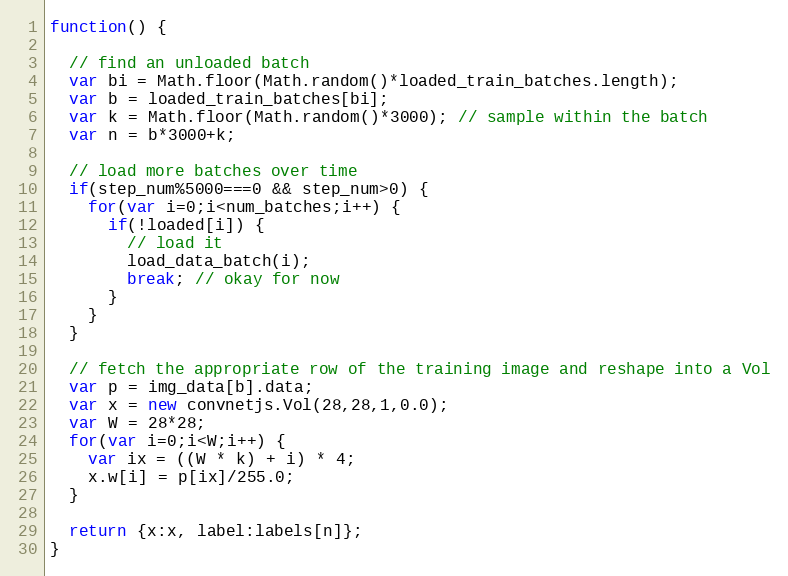
Language: JavaScript
function() {

  // find an unloaded batch
  var bi = Math.floor(Math.random()*loaded_train_batches.length);
  var b = loaded_train_batches[bi];
  var k = Math.floor(Math.random()*3000); // sample within the batch
  var n = b*3000+k;

  // load more batches over time
  if(step_num%5000===0 && step_num>0) {
    for(var i=0;i<num_batches;i++) {
      if(!loaded[i]) {
        // load it
        load_data_batch(i);
        break; // okay for now
      }
    }
  }

  // fetch the appropriate row of the training image and reshape into a Vol
  var p = img_data[b].data;
  var x = new convnetjs.Vol(28,28,1,0.0);
  var W = 28*28;
  for(var i=0;i<W;i++) {
    var ix = ((W * k) + i) * 4;
    x.w[i] = p[ix]/255.0;
  }

  return {x:x, label:labels[n]};
}